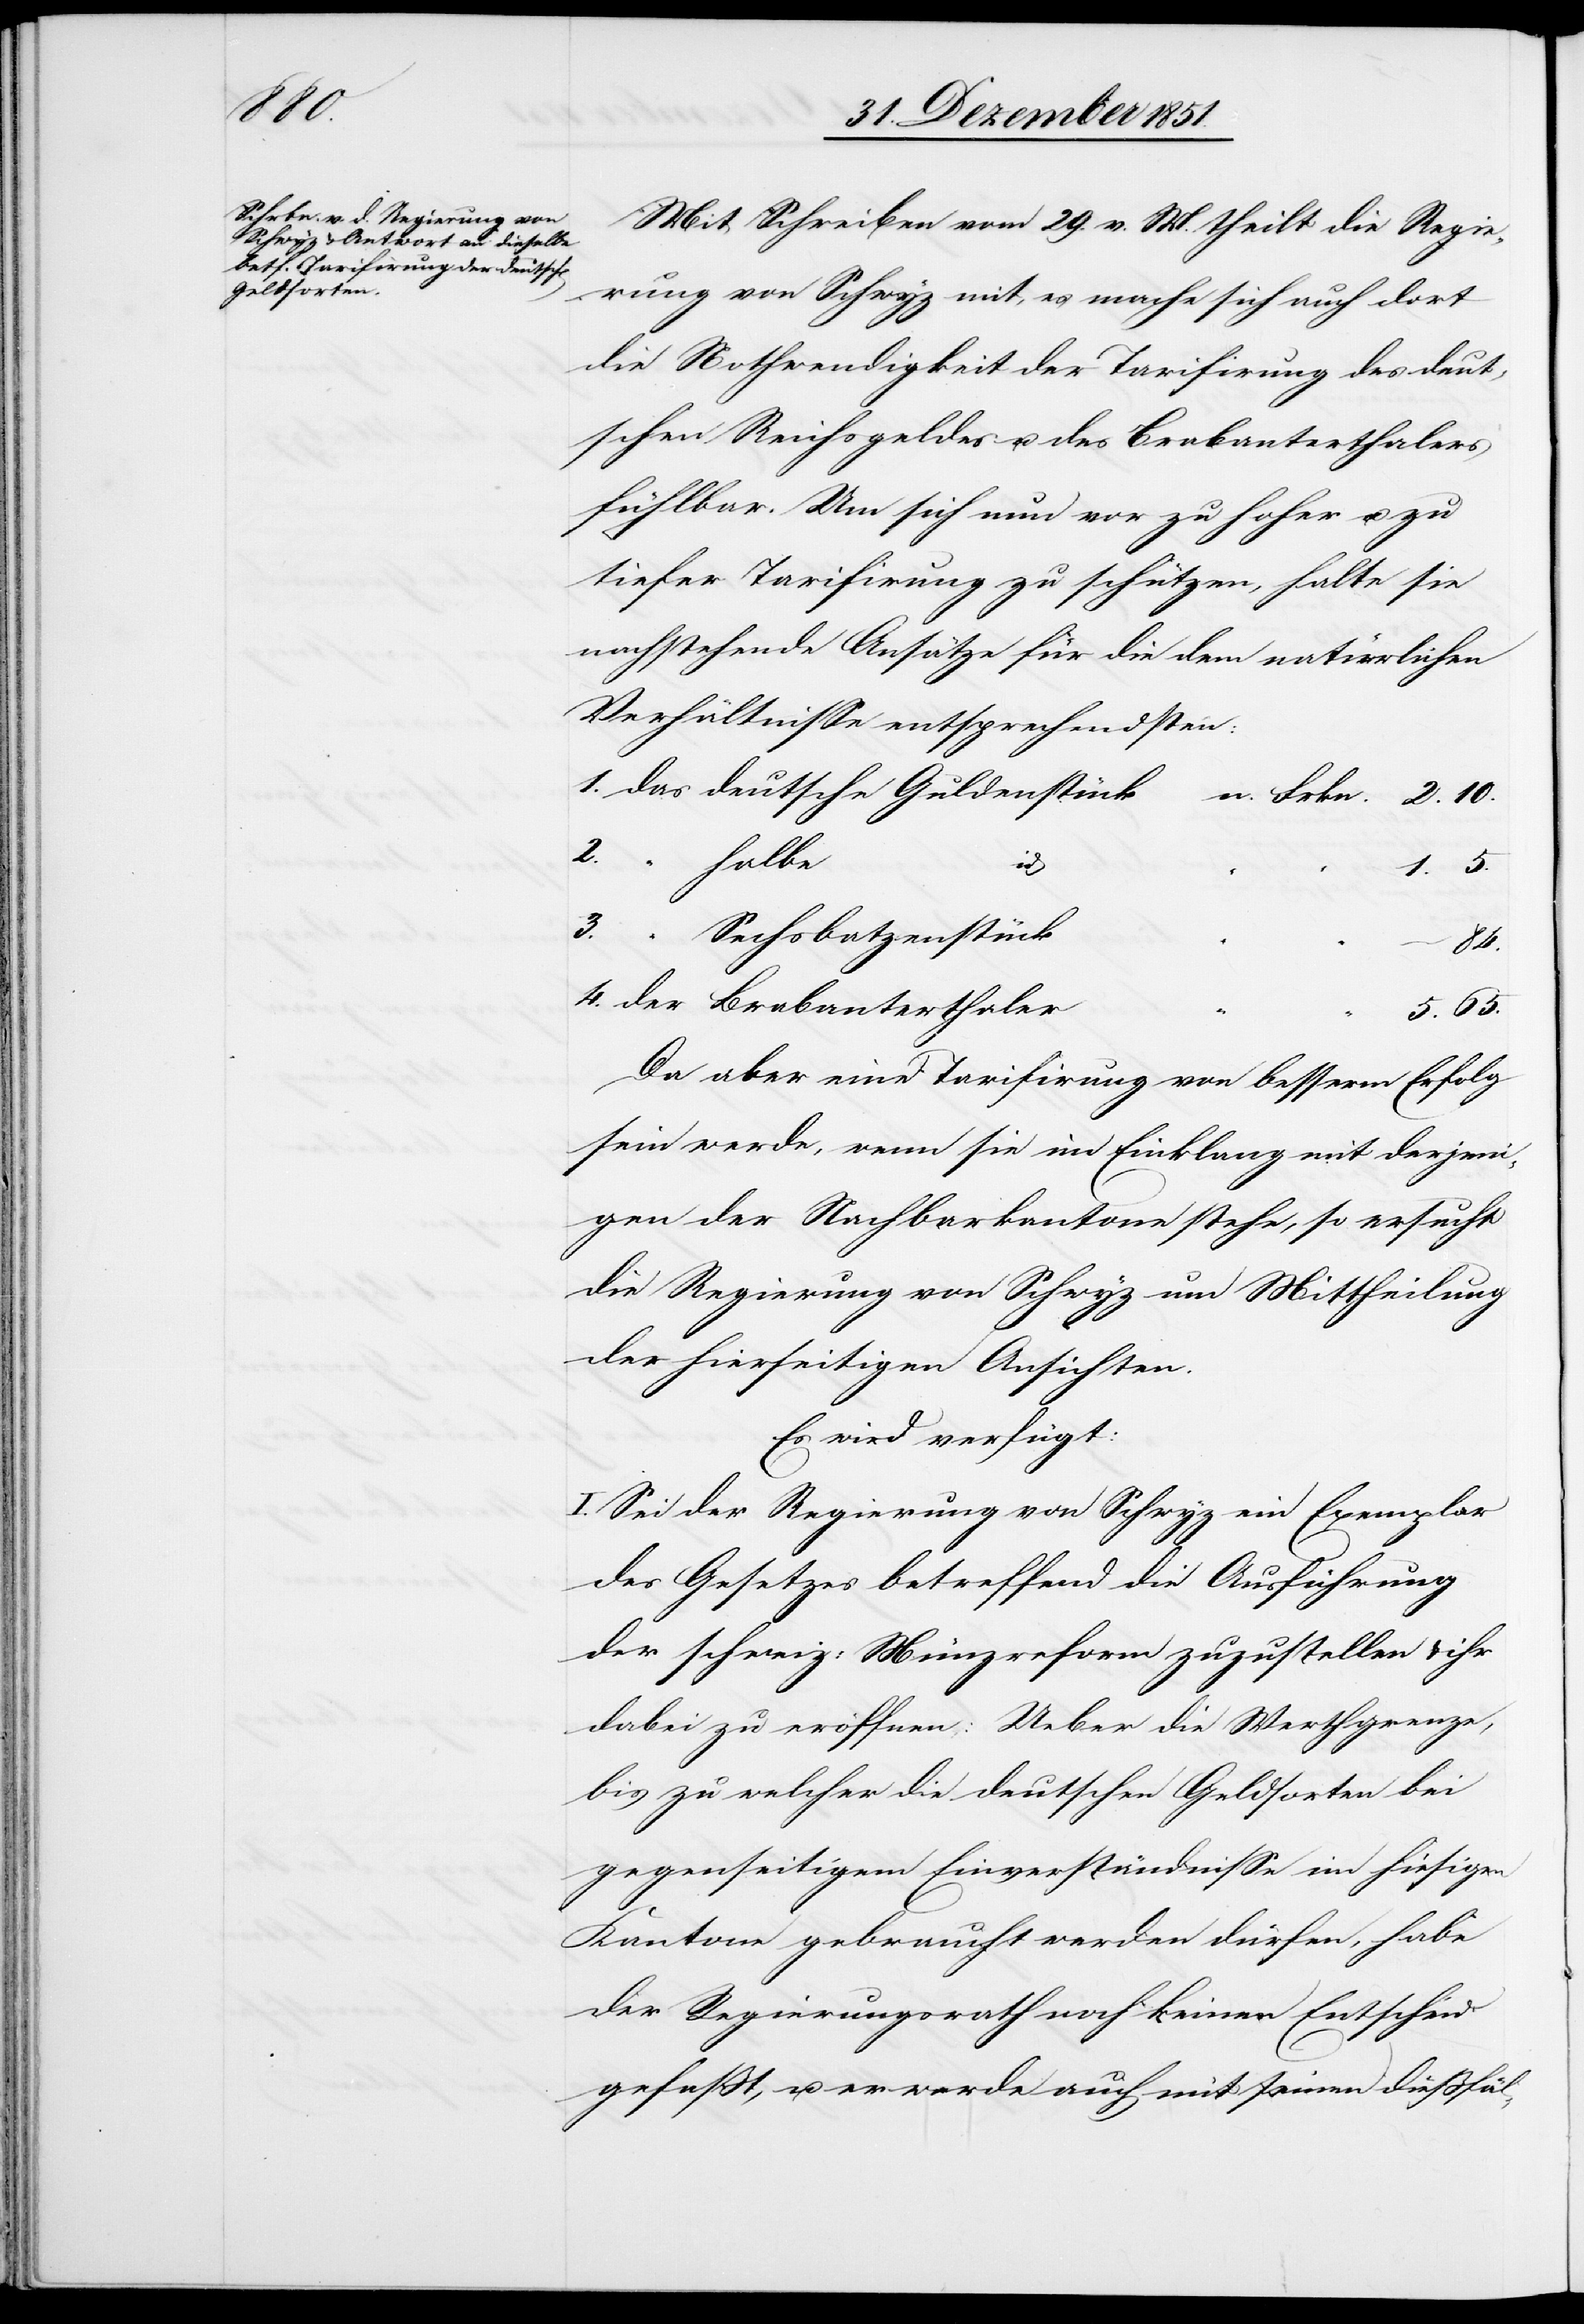
“ “

Mit Schreiben vom 29. v. M. theilt die Regie¬
rung von Schwyz mit, es mache sich auch dort
die Nothwendigkeit der Tarifirung des deut¬
schen Reichsgeldes u. des Brabanterthalers
fühlbar. Um sich nun vor zu hoher u. zu
tiefer Tarifirung zu schützen, halte sie
nachstehende Ansätze für die dem natürlichen
Verhältnisse entsprechendsten:
“ halbe
3.
1. 5.
“ Sechsbatzenstück
4.
der Brabanterthaler
5. 65.
Da aber eine Tarifirung von besserm Erfolg
sein werde, wenn sie im Einklang mit derjeni¬
gen der Nachbarkantone stehe, so ersucht
die Regierung von Schwyz um Mittheilung
der hierseitigen Ansichten.
Es wird verfügt:
I. Sei der Regierung von Schwyz ein Exemplar
des Gesetzes betreffend die Ausführung
der schweiz: Münzreform zuzustellen & ihr
dabei zu eröffnen: Ueber die Werthgrenze,
bis zu welcher die deutschen Geldsorten bei
gegenseitigem Einverständnisse im hiesigen
Kantone gebraucht werden dürfen, habe
der Regierungsrath noch keinen Entscheid
gefaßt, u. er werde auch mit seinen dießfäl-